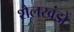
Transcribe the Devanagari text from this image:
शैलखंडों